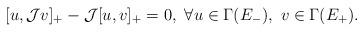
LaTeX: \begin{align*}[ u, \mathcal J v]_{+} -\mathcal J [u, v]_{+} =0,\ \forall u\in \Gamma( E_-),\ v\in\Gamma ( E_+).\end{align*}